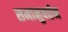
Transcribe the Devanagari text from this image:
समानुवर्तन